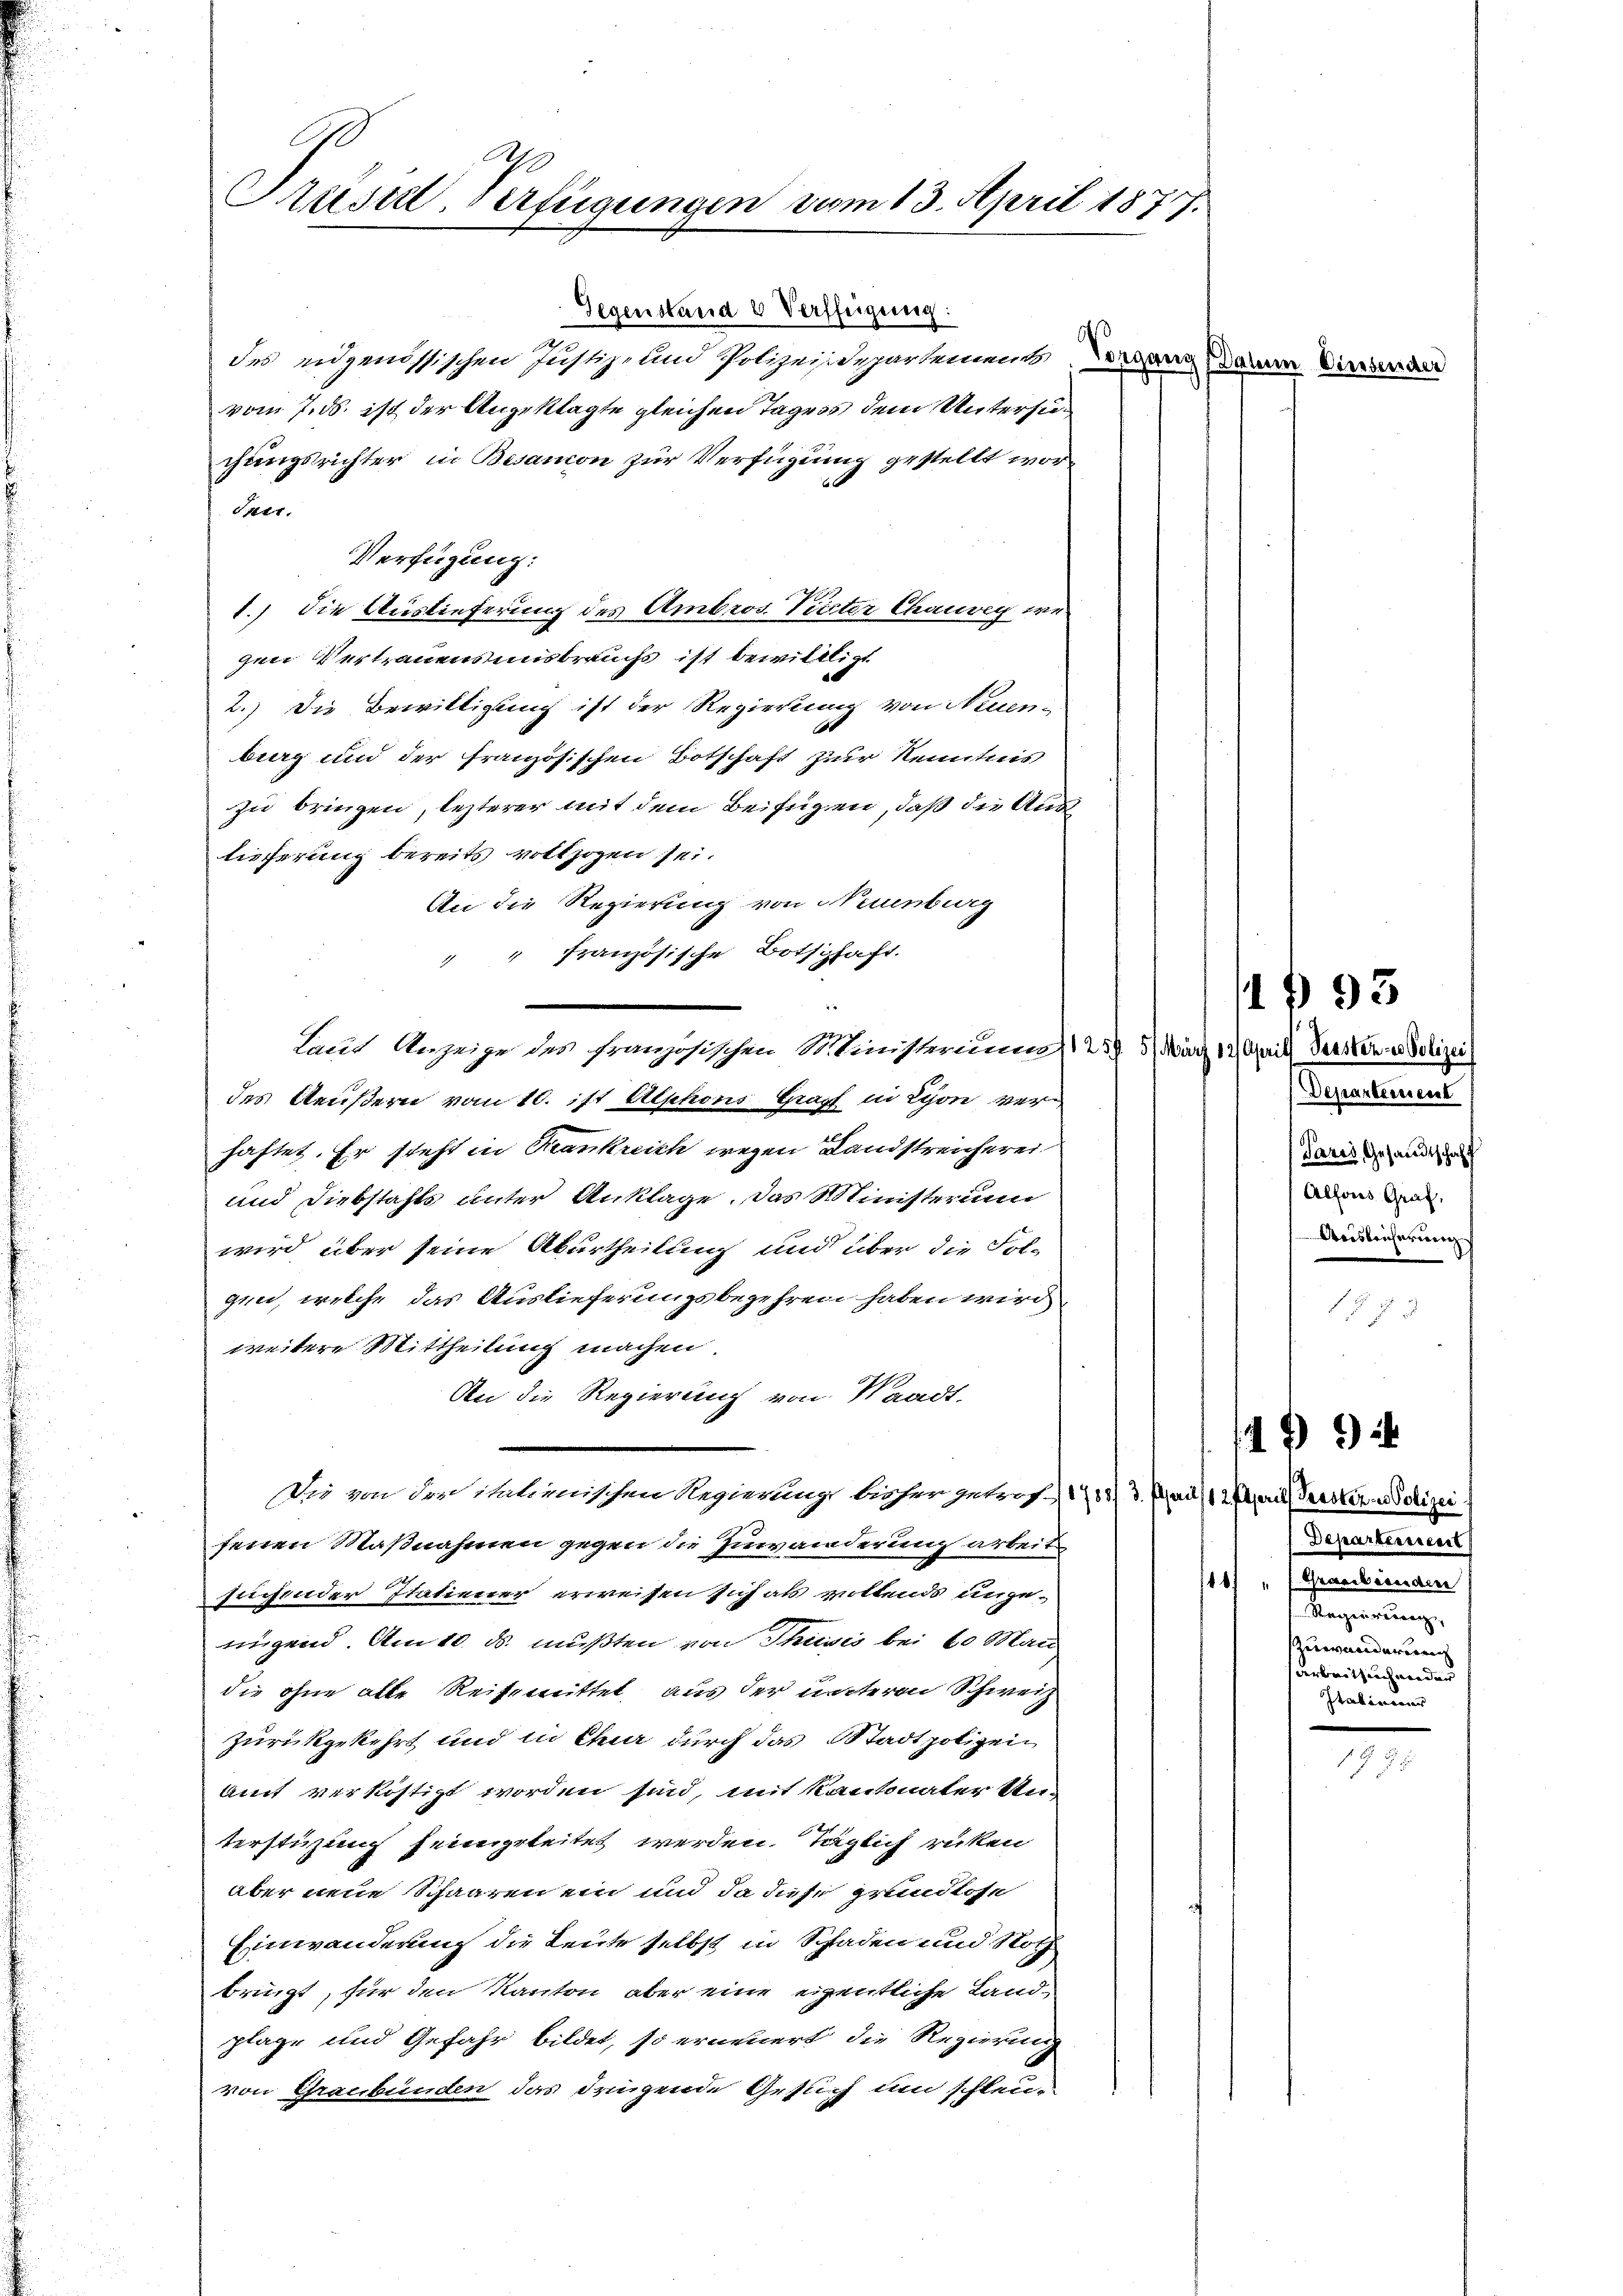
Trüssel-Verfügungen vom 13. April 1877.

Gegenstand 8 Verffeigung:
des eidgenössischen Justiz- und Polizeidepartement Vergang dann diesenden
vom 7. ds. ist der Angeklagte gleichen Tages dem Untersuchungsrichter in Besamon zur Verfügung gestellt wor¬
Str.
Verfügung:
1.) Die Auslieferung des Ambros. Pinter Chaurig wegen Vertrauensmisbrauchs ist bewilligt
2.) Die Bewilligung ist der Regierung von Neuen-
burg und der französischen Botschaft zur Kenntnis
zu bringen, lezterer mit dem Beifügen, daß die Auslieferung bereits vollzogen sei.
An die Regierung von Neuenburg
" " französische Botschaft.
Laut Anzeige des französischen Ministeriums 257. 5. März 17 Aprill Versten er Polizei
des Aeußern vom 10. ist Alphons Grapf in Lyon verhaftet. Er steht in Krankreich wegen Landstreicherei
und Diebstahls unter Anklage. Das Ministerium
wird über seine Aburtheilung und über die Fol-
gen, welche das Auslieferungsbegehren haben wird
weitere Mittheilung machen.
An die Regierung von Waadt-
Die von der italienischen Regierung bisher getroff 1751/3. (aus 2 berie Perster Polizei
fenen Maßnahmen gegen die Zuwanderung arbeit
suchender Itatiener erweisen sich als woltends ungenigend. Am 10. ds. mußten von Thusis bei 60 Man
die ohne alte Reisemittet aus der untere Schweiz
zurückgekehrt und in Chur durch das Stadtpolizei¬
Amt verköstigt worden sind, mit Kantonater Unterstüzung feingeleitet werden. Taglich rücken
aber neue Schaaren ein und da diese grundlose
Einwanderung die Leute selbst in Schaden und Noth
bringt, für den Kanton aber eine eigentliche Landplage und Gefahr bildet, so erneuert die Regierung
von Graubünden das frügende Gesuch um schleu¬

193

Departement
Paris Gesandtschaft
Altores Graf,
Aeisleicherung.

44

Departerriert
487 "   Grassbesondere
Segnung,
zuwanderung
arbeitsuch wieder
Paten den